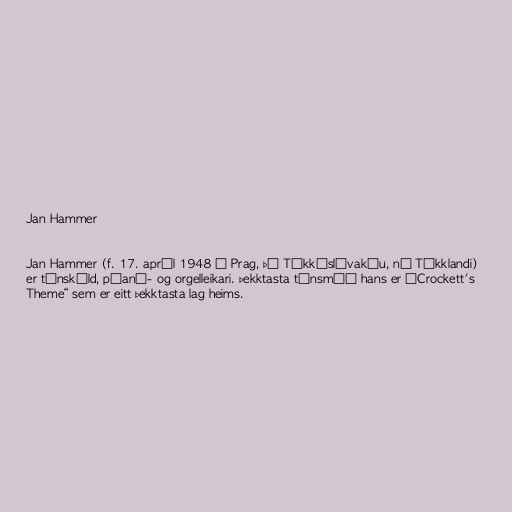
Jan Hammer

Jan Hammer (f. 17. apríl 1948 í Prag, þá Tékkóslóvakíu, nú Tékklandi)
er tónskáld, píanó- og orgelleikari. Þekktasta tónsmíð hans er „Crockett's
Theme“ sem er eitt þekktasta lag heims.